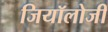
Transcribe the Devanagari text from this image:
जियॉलोजी